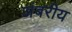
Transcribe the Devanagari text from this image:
अंबरीय